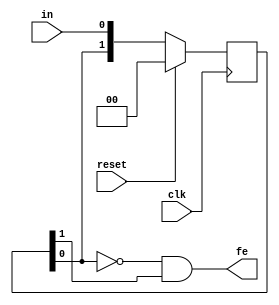
module FEdetect    (
output fe     ,  // Output of the detector (1 on falling edges)
input in  ,  // intput to look for edges on
input clk     ,  // clock Input
input reset      // reset Input
);

reg [1:0] state;

//-------------Code Starts Here-------
always @(posedge clk)
begin
	if (reset) begin
	  state <= 2'b00;
	end else begin
	  state[1:0] <= {state[0], in};
	end
end
	
assign fe = !state[0] && state[1]; //falling edge is when present signal is low but previous was high.


endmodule